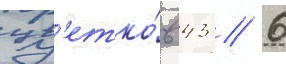
цв'етко́в 43 / 6